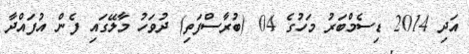
އަދި 2014 ޑިސެމްބަރު މަހުގެ 04 (ބުރާސްފަތި) ދުވަހު މާލޭގައި ފެން އުފައްދާ